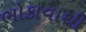
ભોકાવાથી